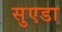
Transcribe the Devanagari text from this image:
सुएडा